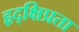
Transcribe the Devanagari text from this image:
हृद्‌क्षिप्रता